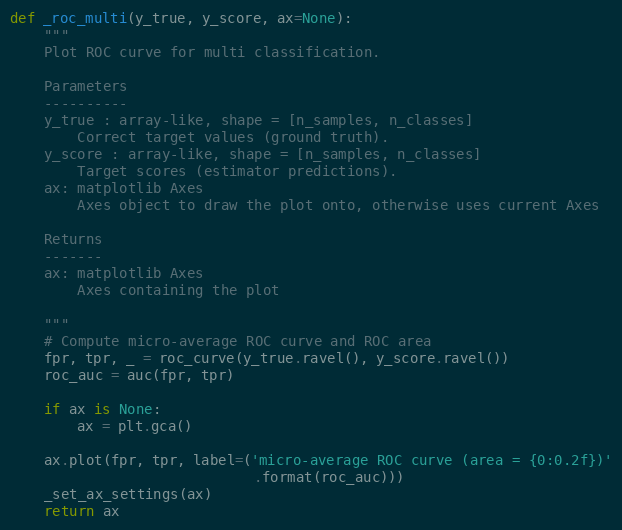
Language: Python
def _roc_multi(y_true, y_score, ax=None):
    """
    Plot ROC curve for multi classification.

    Parameters
    ----------
    y_true : array-like, shape = [n_samples, n_classes]
        Correct target values (ground truth).
    y_score : array-like, shape = [n_samples, n_classes]
        Target scores (estimator predictions).
    ax: matplotlib Axes
        Axes object to draw the plot onto, otherwise uses current Axes

    Returns
    -------
    ax: matplotlib Axes
        Axes containing the plot

    """
    # Compute micro-average ROC curve and ROC area
    fpr, tpr, _ = roc_curve(y_true.ravel(), y_score.ravel())
    roc_auc = auc(fpr, tpr)

    if ax is None:
        ax = plt.gca()

    ax.plot(fpr, tpr, label=('micro-average ROC curve (area = {0:0.2f})'
                             .format(roc_auc)))
    _set_ax_settings(ax)
    return ax